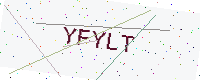
Text: YFYLT